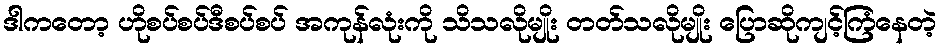
ဒါကတော့ ဟိုစပ်စပ်ဒီစပ်စပ် အကုန်လုံးကို သိသလိုမျိုး တတ်သလိုမျိုး ပြောဆိုကျင့်ကြံနေတဲ့